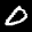
Label: 0